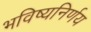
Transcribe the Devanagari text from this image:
भविष्यनिर्णय